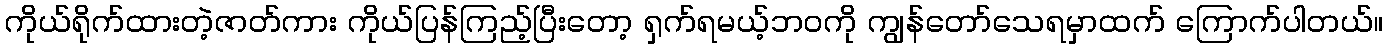
ကိုယ်ရိုက်ထားတဲ့ဇာတ်ကား ကိုယ်ပြန်ကြည့်ပြီးတော့ ရှက်ရမယ့်ဘဝကို ကျွန်တော်သေရမှာထက် ကြောက်ပါတယ်။